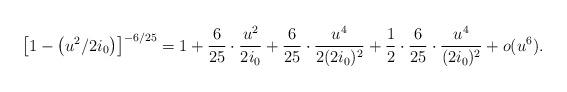
LaTeX: \begin{align*} \left[1-\left(u^2/2i_0\right)\right]^{-6/25}= 1+\frac{6}{25}\cdot \frac{u^2}{2i_0} +\frac{6}{25}\cdot \frac{u^4}{2(2i_0)^2} +\frac{1}{2}\cdot\frac{6}{25}\cdot \frac{u^4}{(2i_0)^2}+o(u^6).\end{align*}